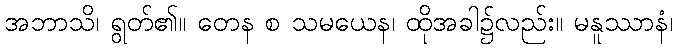
အဘာသိ၊ ရွတ်၏။ တေန စ သမယေန၊ ထိုအခါ၌လည်း။ မနူဿာနံ၊